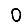
Digit: 0